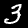
Digit: 3